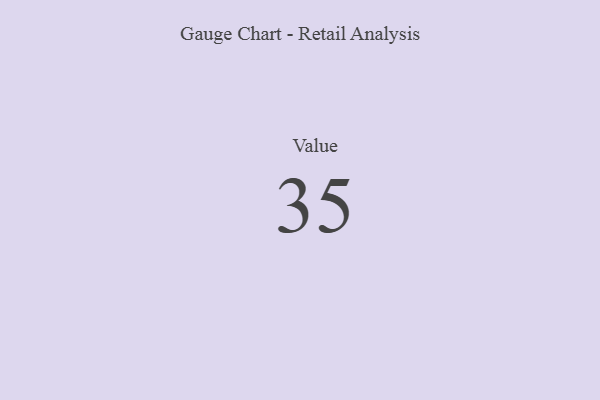
{"axis": {"x": "Metric", "y": "Value"}, "legend": [""], "data": [{"x": "Value", "y": 35, "type": ""}]}